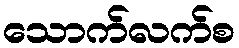
သောက်လက်စ